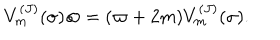
LaTeX: V _ { m } ^ { ( J ) } ( \sigma ) \varpi = ( \varpi + 2 m ) V _ { m } ^ { ( J ) } ( \sigma ) .